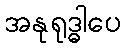
အနုရုဒ္ဓါပေ